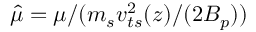
\hat { \mu } = \mu / ( m _ { s } v _ { t s } ^ { 2 } ( z ) / ( 2 B _ { p } ) )